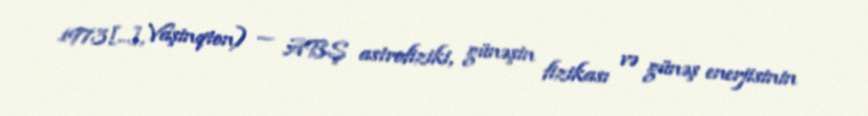
1973[…], Vaşinqton) — ABŞ astrofiziki, günəşin fizikası və günəş enerjisinin